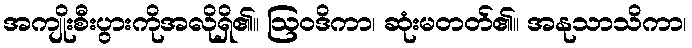
အကျိုးစီးပွားကိုအလိုရှိ၏။ ဩဝဒိကာ၊ ဆုံးမတတ်၏။ အနုသာသိကာ၊